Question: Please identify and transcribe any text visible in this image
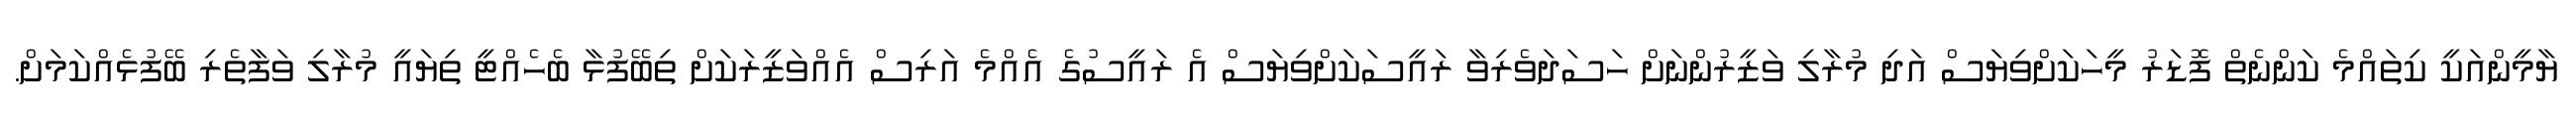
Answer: ޔާމީންއަކީ ކިތައްމެ ކަންނެތް ފޮޑަރު މީހަކަށްވިޔަސް އަދި މުރާލި ވަޒީރުންނަށް ހަސަދަވެރިވާ ރައީސަކަށްވިޔަސް އެ ރައީސުގެ އެއްމެ އަރިސް އެއްވަޒީރަކަށް ތިބޭފުޅާ ބެހެއްޓީ ތިޔައީ މުރާލި ވަފާތެރި ބޭފުޅެއްކަމަށް.